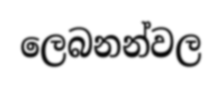
ලෙබනන්වල